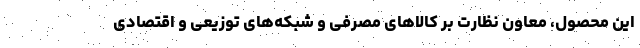
این محصول، معاون نظارت بر کالاهای مصرفی و شبکه‌های توزیعی و اقتصادی